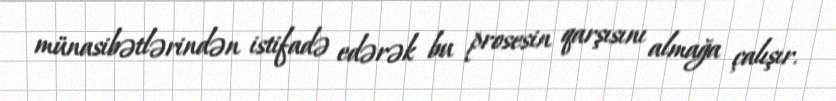
münasibətlərindən istifadə edərək bu prosesin qarşısını almağa çalışır.